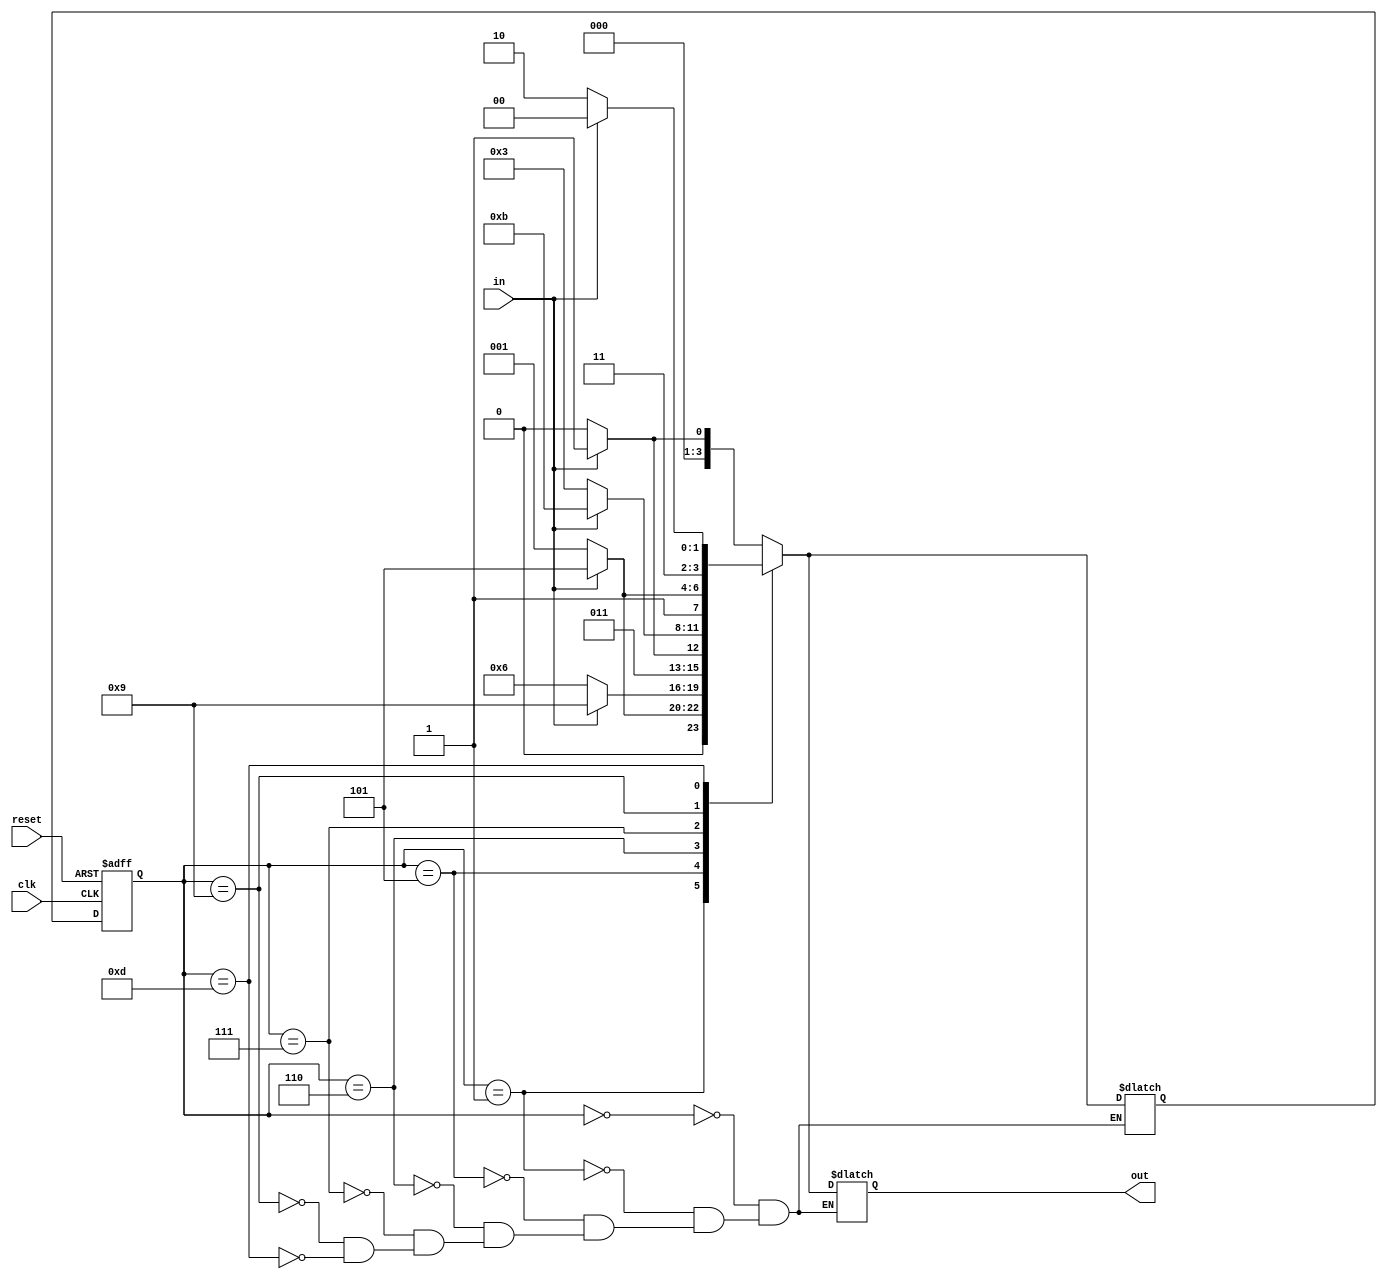
// Quartus Prime Verilog Template
// 4-State Mealy state machine

// A Mealy machine has outputs that depend on both the state and 
// the inputs.  When the inputs change, the outputs are updated
// immediately, without waiting for a clock edge.  The outputs
// can be written more than once per state or per clock cycle.

module figofsm
(
	input	clk, in, reset,
	output reg [3:0] out
);

	// Declare state register
		reg		[3:0]state, next;

	// Declare states
	parameter S0 = 4'b0000, S1 = 4'b0001, S2 = 4'b0101, S3 = 4'b0110, S4 = 4'b0111, S5 = 4'b0011, S6 = 4'b1011, S7 = 4'b1001, S8 = 4'b1101, S9 = 4'b1110, S10 = 4'b1100;

	// Determine the next state synchronously, based on the
	// current state and the input
	always @ (posedge clk or posedge reset) begin
		if (reset)
			state <= S0;
		else
			state <= next;
	end
	
	always @(state or in) begin
		case (state)
				S0:
					if (in)
					begin
						next <= S1;
					end
					else
					begin
						next <= S0;
					end
				S1:
					if (in)
					begin
						next <= S2;
					end
					else
					begin
						next <= S1;
					end
				S2:
					if (in)
					begin
						next <= S7;
					end
					else
					begin
						next <= S3;
					end
				S3:
					if (in)
					begin
						next <= S4;
					end
					else
					begin
						next <= S3;
					end
				S4:
					if (in)
					begin
						next <= S6;
					end
					else
					begin
						next <= S5;
					end
				S7:
					if (in)
					begin
						next <= S8;
					end
					else
					begin
						next <= S7;
					end
				S8:
					if (in)
					begin
						next <= S10;
					end
					else
					begin
						next <= S9;
					end
			endcase
			end

	// Determine the output based only on the current state
	// and the input (do not wait for a clock edge).
	always @ (state or in)
	begin
			case (state)
				S0:
					if (in)
					begin
						out = 4'b0001;
					end
					else
					begin
						out = 4'b0000;
					end
				S1:
					if (in)
					begin
						out = 4'b0101;
					end
					else
					begin
						out = 4'b0001;
					end
				S2:
					if (in)
					begin
						out = 4'b1001;
					end
					else
					begin
						out = 4'b0110;
					end
				S3:
					if (in)
					begin
						out = 4'b0111;
					end
					else
					begin
						out = 4'b0110;
					end
				S4:
					if (in)
					begin
						out = 4'b1011;
					end
					else
					begin
						out = 4'b0011;
					end
				S7:
					if (in)
					begin
						out = 4'b1101;
					end
					else
					begin
						out = 4'b1001;
					end
				S8:
					if (in)
					begin
						out = 4'b1100;
					end
					else
					begin
						out = 4'b1110;
					end
			endcase
			end

endmodule